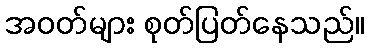
အဝတ်များ စုတ်ပြတ်နေသည်။